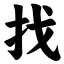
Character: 找